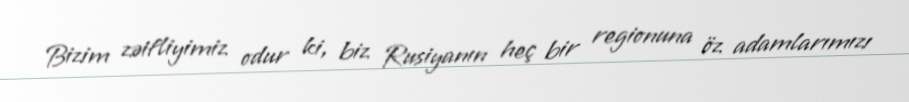
Bizim zəifliyimiz odur ki, biz Rusiyanın heç bir regionuna öz adamlarımızı